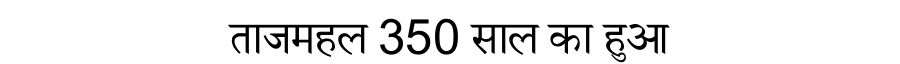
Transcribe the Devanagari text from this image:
ताजमहल 350 साल का हुआ